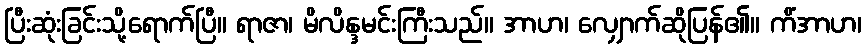
ပြီးဆုံးခြင်းသို့ရောက်ပြီ။ ရာဇာ၊ မိလိန္ဒမင်းကြီးသည်။ အာဟ၊ လျှောက်ဆိုပြန်၏။ ကိံအာဟ၊